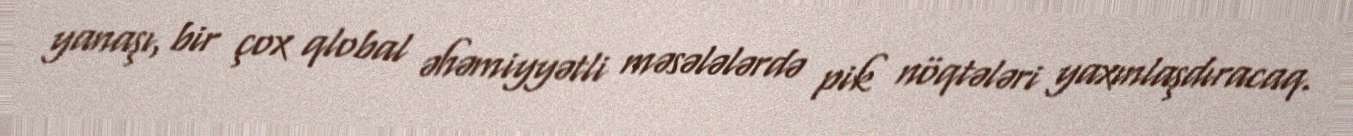
yanaşı, bir çox qlobal əhəmiyyətli məsələlərdə pik nöqtələri yaxınlaşdıracaq.